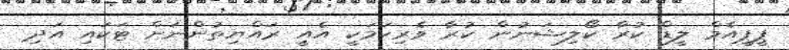
ޕީޕީއެމް ލީޑް ކުރާ ކޯލިޝަނުން ކުރާ ވެރިކަމަކީ އެއީ ރައްޔިތުންނަށް ޓަކައި އަދި